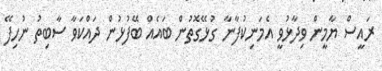
ރައީސް ޔާމީން ވިދާޅުވީ އެމަނިކުފާނާ ގުޅޭގޮތުން ބައެއް ބޭފުޅުން ދައްކަވާ ސާބިތު ނުހިފޭ